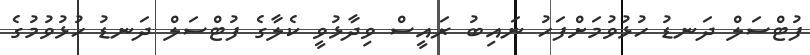
ފުޓްސަލް ދަނޑު ހުޅުވުމަށްފަހު ނައިބު ރައީސް ވިދާޅުވީ ކެލާގެ ފުޓްސަލް ދަނޑު ހުޅުވުމުގެ